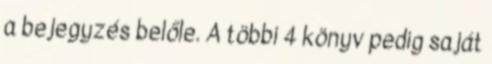
a bejegyzés belőle. A többi 4 könyv pedig saját